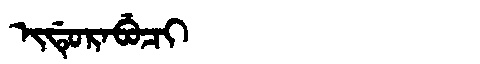
Manchu: ᡳᡩᡠᡵᠠᠪᡠᠴᡳ
Romanization: IDURABUCI